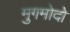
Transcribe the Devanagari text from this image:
मुगमोदो